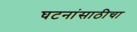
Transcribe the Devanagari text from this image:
घटनांसाठीचा